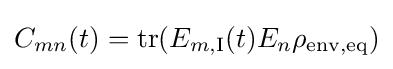
C_{mn}(t)={\text{tr}}(E_{m,\mathrm {I} }(t)E_{n}\rho _{\text{env,eq}})